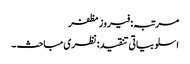
مرتبہ: فیروز مظفر
اسلوبیاتی تنقید: نظری مباحث ۔